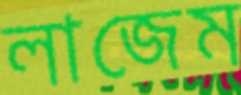
লাজেম